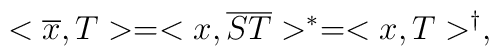
<\overline{x}, T> = <x,\overline{S T}>^{*} = <x,T>^{\dagger },